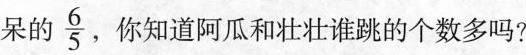
呆的 \frac{6}{5} ，你知道阿瓜和壮壮谁跳的个数多吗?